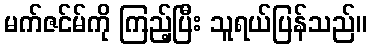
မက်ဇင်မ်ကို ကြည့်ပြီး သူရယ်ပြန်သည်။